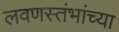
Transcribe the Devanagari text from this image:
लवणस्तंभांच्या